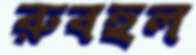
রুবহুল